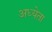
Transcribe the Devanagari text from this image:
अध्‍येता